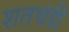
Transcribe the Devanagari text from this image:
शतचंडी